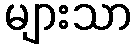
များသာ